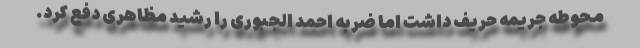
محوطه جریمه حریف داشت اما ضربه احمد الجبوری را رشید مظاهری دفع کرد.